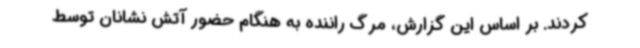
کردند. بر اساس این گزارش، مرگ راننده به هنگام حضور آتش نشانان توسط